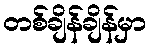
တစ်ချိန်ချိန်မှာ